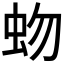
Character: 𧉚